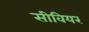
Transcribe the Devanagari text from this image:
सीवियर